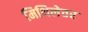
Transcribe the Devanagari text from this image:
मिथिलेतर